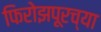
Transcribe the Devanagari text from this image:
फिरोझपूरच्या